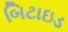
બિટાઇડ